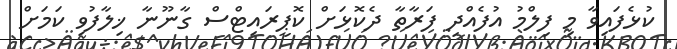
ކުޅެފައިވާ މި ފިލްމު އުފެއްދި ފަރާތާ ދެކޮޅަށް ކޮޕީރައިޓްސް ގާނޫނާ ޚިލާފުވި ކަމަށް